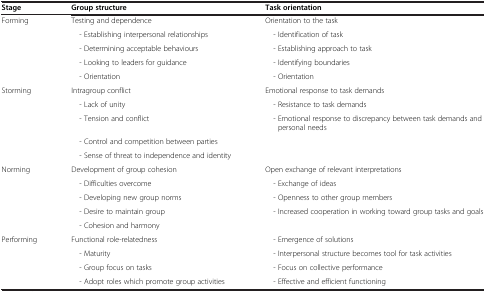
<table><thead><tr><td><b>Stage</b></td><td><b>Group structure</b></td><td><b>Task orientation</b></td></tr></thead><tbody><tr><td rowspan="5">Forming</td><td>Testing and dependence</td><td>Orientation to the task</td></tr><tr><td> - Establishing interpersonal relationships</td><td> - Identification of task</td></tr><tr><td> - Determining acceptable behaviours</td><td> - Establishing approach to task</td></tr><tr><td> - Looking to leaders for guidance</td><td> - Identifying boundaries</td></tr><tr><td> - Orientation</td><td> - Orientation</td></tr><tr><td rowspan="5">Storming</td><td>Intragroup conflict</td><td>Emotional response to task demands</td></tr><tr><td> - Lack of unity</td><td> - Resistance to task demands</td></tr><tr><td> - Tension and conflict</td><td> - Emotional response to discrepancy between task demands and personal needs</td></tr><tr><td> - Control and competition between parties</td><td> </td></tr><tr><td> - Sense of threat to independence and identity</td><td> </td></tr><tr><td rowspan="5">Norming</td><td>Development of group cohesion</td><td>Open exchange of relevant interpretations</td></tr><tr><td> - Difficulties overcome</td><td> - Exchange of ideas</td></tr><tr><td> - Developing new group norms</td><td> - Openness to other group members</td></tr><tr><td> - Desire to maintain group</td><td> - Increased cooperation in working toward group tasks and goals</td></tr><tr><td> - Cohesion and harmony</td><td> </td></tr><tr><td rowspan="4">Performing</td><td>Functional role-relatedness</td><td> - Emergence of solutions</td></tr><tr><td> - Maturity</td><td> - Interpersonal structure becomes tool for task activities</td></tr><tr><td> - Group focus on tasks</td><td> - Focus on collective performance</td></tr><tr><td> - Adopt roles which promote group activities</td><td> - Effective and efficient functioning</td></tr></tbody></table>